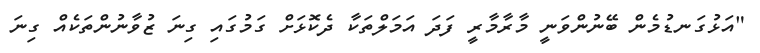
"އަޅުގަނޑުމެން ބޭނުންވަނީ މާރާމާރީ ފަދަ އަމަލްތަކާ ދެކޮޅަށް ގަމުގައި ގިނަ ޒުވާނުންތަކެއް ގިނަ